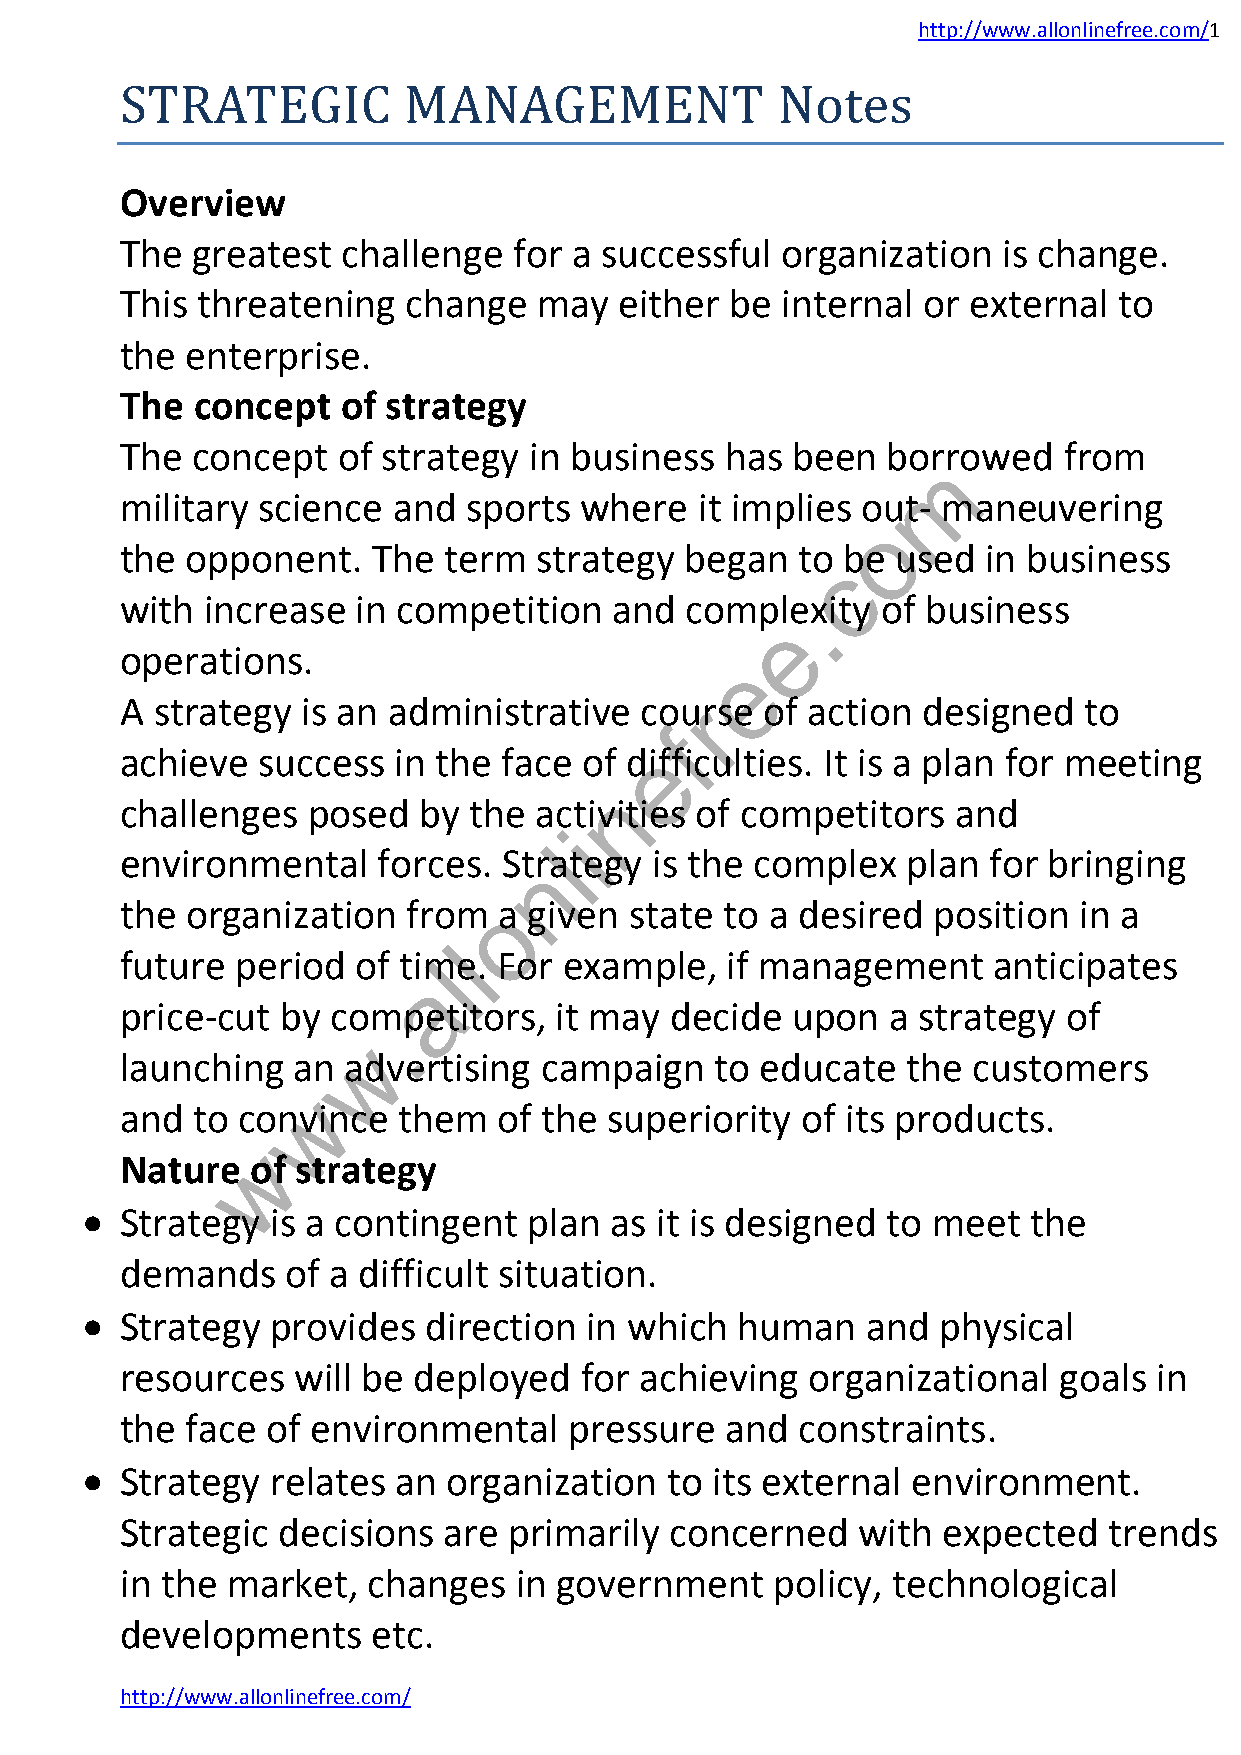
http://www.allonlinefree.com/1
 STRATEGIC          MANAGEMENT              Notes
 Overview
 The  greatest  challenge  for a successful  organization  is change.
 This threatening   change   may  either be  internal or external  to
 the enterprise.
 The  concept   of strategy
 The  concept  of strategy  in business  has been   borrowed   from
 m
 military science  and  sports where   it implies out- maneuvering
 o
 the opponent.    The term   strategy began   to be used  in business
 c
 with  increase  in competition   and comple.xity  of business
 e
 operations.
 e
 A strategy  is an administrative  courrse  of action designed   to
 f
 e
 achieve  success  in the face  of difficulties. It is a plan for meeting
 n
 challenges  posed   by the activities of competitors   and
 i
 l
 environmental    forces. Stnrategy is the complex   plan for bringing
 the organization   fromo a given  state to a desired  position in a
 l
 future  period  of timle. For example,  if management     anticipates
 a
 price-cut  by competitors,   it may decide  upon   a strategy  of
 .
 w
 launching  an  advertising  campaign   to educate   the customers
 w
 and  to convince  them   of the superiority  of its products.
 w
 Nature   of strategy
   Strategy  is a contingent  plan as it is designed  to meet  the
 demands    of a difficult situation.
   Strategy  provides  direction  in which  human   and  physical
 resources  will be deployed   for achieving   organizational  goals  in
 the face  of environmental    pressure  and  constraints.
   Strategy  relates an  organization  to its external environment.
 Strategic decisions  are  primarily concerned    with expected   trends
 in the market,  changes   in government    policy, technological
 developments     etc.
 http://www.allonlinefree.com/